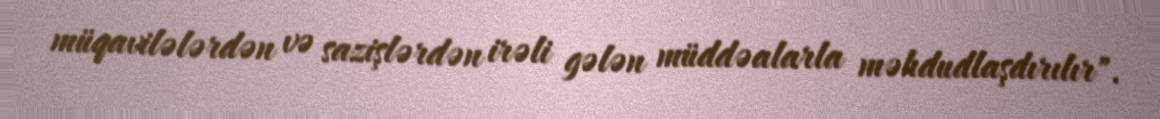
müqavilələrdən və sazişlərdən irəli gələn müddəalarla məhdudlaşdırılır".